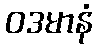
ဝဒမာနံ